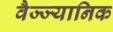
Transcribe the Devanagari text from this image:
वैज्ज्यानिक